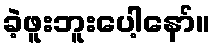
ခဲ့ဖူးဘူးပေါ့နော်။